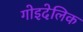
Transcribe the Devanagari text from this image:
गोइदेलिक